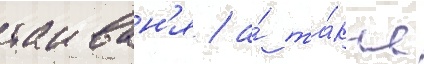
таиван'я / а́ та́кже